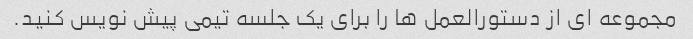
مجموعه ای از دستورالعمل ها را برای یک جلسه تیمی پیش نویس کنید.